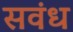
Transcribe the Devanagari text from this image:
सवंध